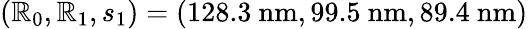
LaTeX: (\mathbb{R}_{0},\mathbb{R}_{1},s_{1})=(128.3\ \mathrm{{nm}},99.5\ \mathrm{{nm}},89.4\ \mathrm{{nm}})